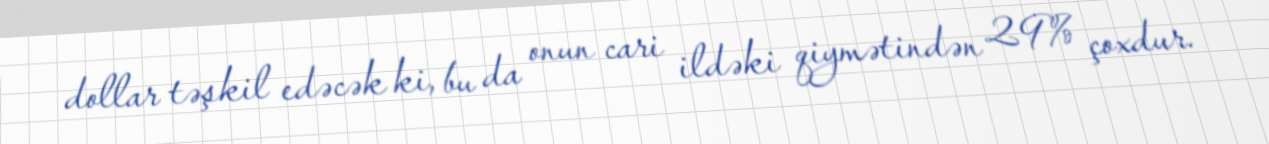
dollar təşkil edəcək ki, bu da onun cari ildəki qiymətindən 29% çoxdur.